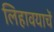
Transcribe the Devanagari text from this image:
लिहावयाचें